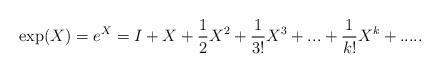
LaTeX: \begin{align*}\exp (X)=e^{X}=I+X+\frac{1}{2}X^{2}+\frac{1}{3!}X^{3}+...+\frac{1}{k!}X^{k}+..... \end{align*}